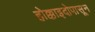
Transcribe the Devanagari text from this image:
होक्काइदोपासून